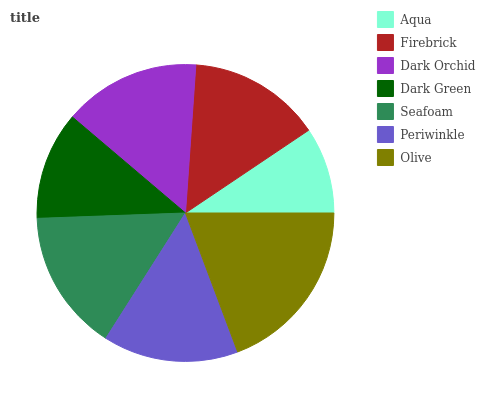
| Aqua | Firebrick | Dark Orchid | Dark Green | Seafoam | Periwinkle | Olive |
 | --- | --- | --- | --- | --- | --- | --- |
 | 9.43% | 14.5% | 14.9% | 11.8% | 15.4% | 14.7% | 19.3% |